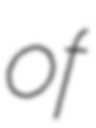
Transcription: of